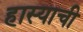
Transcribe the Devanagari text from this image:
हास्याची